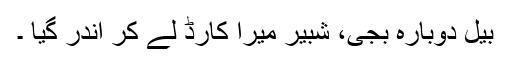
بیل دوبارہ بجی، شبیر میرا کارڈ لے کر اندر گیا ۔